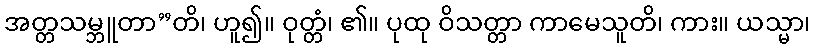
အတ္တသမ္ဘူတာ”တိ၊ ဟူ၍။ ဝုတ္တံ၊ ၏။ ပုထု ဝိသတ္တာ ကာမေသူတိ၊ ကား။ ယသ္မာ၊